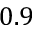
0 . 9